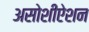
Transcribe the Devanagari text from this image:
असोशीऐशन